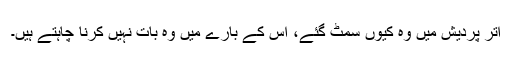
اتر پردیش میں وہ کیوں سمٹ گئے، اس کے بارے میں وہ بات نہیں کرنا چاہتے ہیں۔